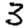
Digit: 3